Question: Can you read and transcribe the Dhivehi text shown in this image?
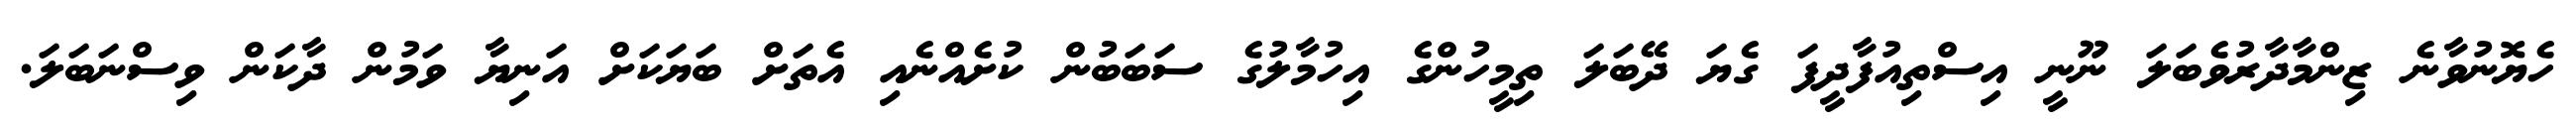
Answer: ހެޔޮނުވާނެ ޒިންމާދާރުވެބަލަ ނޫނީ އިސްތިއުފާދީފަ ގެޔަ ދޭބަލަ ތިމީހުންގެ އިހުމާލުގެ ސަބަބުން ކުށެއްނެއި އެތަށް ބަޔަކަށް އަނިޔާ ވަމުން ދާކަން ވިސްނަބަލަ.